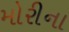
મોરીના